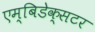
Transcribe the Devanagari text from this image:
एम्बिडेक्सटर